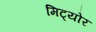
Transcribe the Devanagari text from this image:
मिट्योर